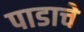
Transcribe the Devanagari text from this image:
पाडाचे